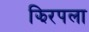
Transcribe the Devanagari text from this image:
झिरपला